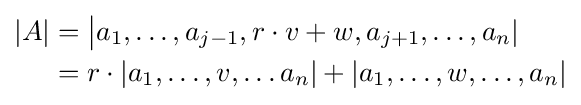
{\begin{aligned}|A|&={\big |}a_{1},\dots ,a_{j-1},r\cdot v+w,a_{j+1},\dots ,a_{n}|\\&=r\cdot |a_{1},\dots ,v,\dots a_{n}|+|a_{1},\dots ,w,\dots ,a_{n}|\end{aligned}}